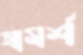
আমর্শ